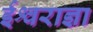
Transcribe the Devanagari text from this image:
ईश्वराज्ञा